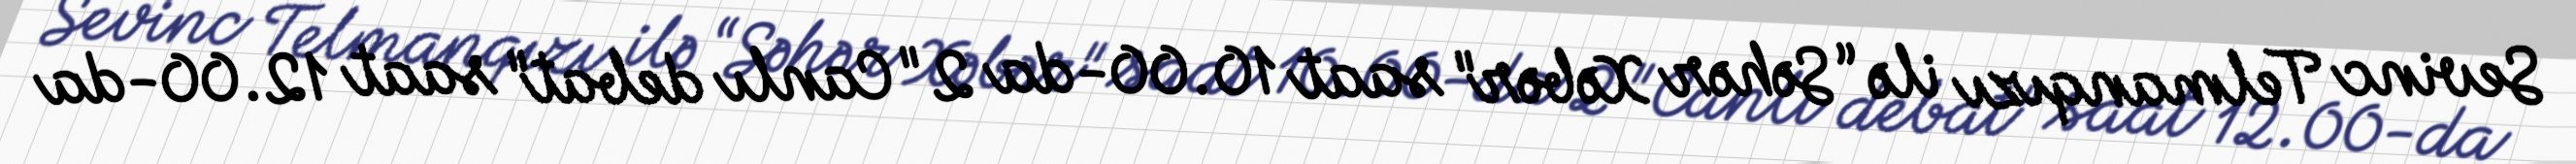
Sevinc Telmanqızı ilə “Səhər Xəbər" saat 10.00-da 2 "Canlı debat" saat 12.00-da